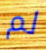
لم